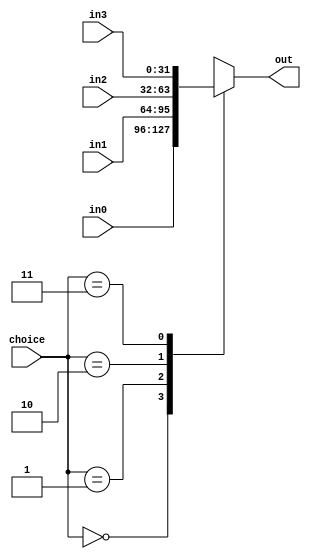
`timescale 1ns / 1ps
//////////////////////////////////////////////////////////////////////////////////
// Company: 
// Engineer: 
// 
// Design Name: 
// Module Name: mux4_32bits
// Project Name: 
// Target Devices: 
// Tool Versions: 
// Description: 
// 
// Dependencies: 
// 
// Revision:
// Revision 0.01 - File Created
// Additional Comments:
// 
//////////////////////////////////////////////////////////////////////////////////


module mux4_32bits(
input [1:0]choice,
input [31:0]in0,
input [31:0]in1,
input [31:0]in2,
input [31:0]in3,
output reg [31:0]out
    );
    
    always @(choice or in0 or in1 or in2 or in3)begin
    case (choice)
    2'b00:out=in0;
    2'b01:out=in1;
    2'b10:out=in2;
    2'b11:out=in3;
    default:out=0;
    endcase
    end
endmodule